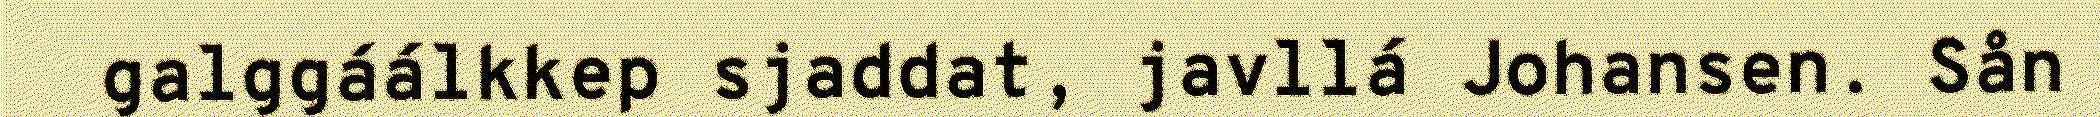
galggáálkkep sjaddat, javllá Johansen. Sån